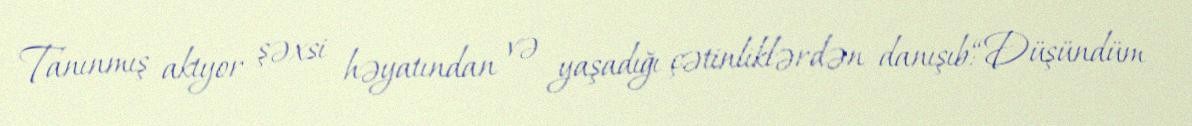
Tanınmış aktyor şəxsi həyatından və yaşadığı çətinliklərdən danışıb:“Düşündüm